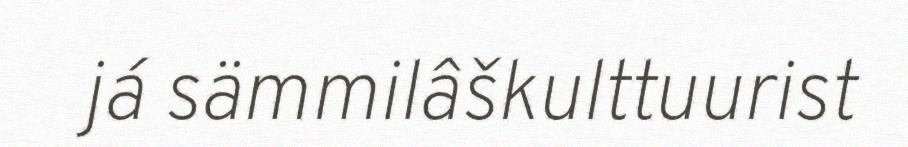
já sämmilâškulttuurist